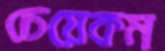
চেয়েকম